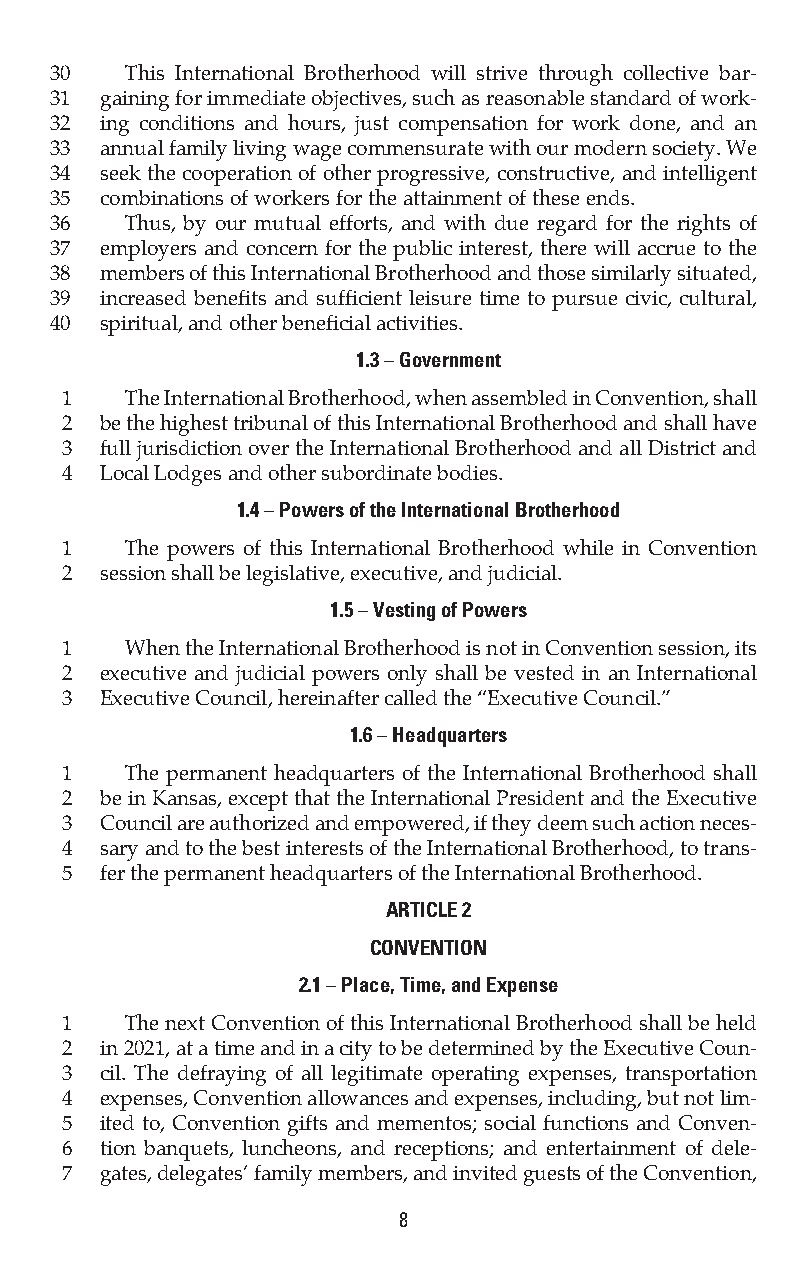
30   This International Brotherhood will strive through collective bar-
 31  gaining for immediate objectives, such as reasonable standard of work-
 32  ing conditions and hours, just compensation for work done, and an
 33  annual family living wage commensurate with our modern society. We
 34  seek the cooperation of other progressive, constructive, and intelligent
 35  combinations of workers for the attainment of these ends.
 36   Thus, by our mutual efforts, and with due regard for the rights of
 37  employers and concern for the public interest, there will accrue to the
 38  members of this International Brotherhood and those similarly situated,
 39  increased benefits and sufficient leisure time to pursue civic, cultural,
 40  spiritual, and other beneficial activities.
 1.3 – Government
 1   The International Brotherhood, when assembled in Convention, shall
 2  be the highest tribunal of this International Brotherhood and shall have
 3  full jurisdiction over the International Brotherhood and all District and
 4  Local Lodges and other subordinate bodies.
 1.4 – Powers of the International Brotherhood
 1   The powers of this International Brotherhood while in Convention
 2  session shall be legislative, executive, and judicial.
 1.5 – Vesting of Powers
 1   When the International Brotherhood is not in Convention session, its
 2  executive and judicial powers only shall be vested in an International
 3  Executive Council, hereinafter called the “Executive Council.”
 1.6 – Headquarters
 1   The permanent headquarters of the International Brotherhood shall
 2  be in Kansas, except that the International President and the Executive
 3  Council are authorized and empowered, if they deem such action neces-
 4  sary and to the best interests of the International Brotherhood, to trans-
 5  fer the permanent headquarters of the International Brotherhood.
 ARTICLE 2
 CONVENTION
 2.1 – Place, Time, and Expense
 1   The next Convention of this International Brotherhood shall be held
 2  in 2021, at a time and in a city to be determined by the Executive Coun-
 3  cil. The defraying of all legitimate operating expenses, transportation
 4  expenses, Convention allowances and expenses, including, but not lim-
 5  ited to, Convention gifts and mementos; social functions and Conven-
 6  tion banquets, luncheons, and receptions; and entertainment of dele-
 7  gates, delegates’ family members, and invited guests of the Convention,
 8